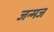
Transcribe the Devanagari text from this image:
जन्मज